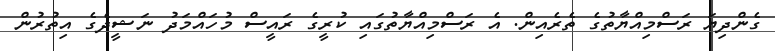
ގެންދިޔަ ރަސްމިއްޔާތުގެ ތެރެއިން. އެ ރަސްމިއްޔާތުގައި ކުރީގެ ރައީސް މުހައްމަދު ނަޝީދެގެ އިތުރުން